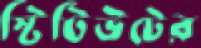
স্টিটিউটের